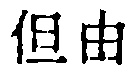
但由